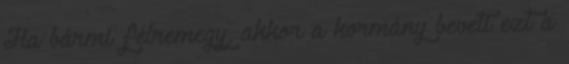
Ha bármi félremegy, akkor a kormány beveti ezt a